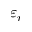
\varepsilon _ { r }